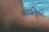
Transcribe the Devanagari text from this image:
चाभियां